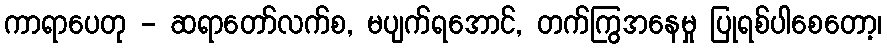
ကာရာပေတု - ဆရာတော်လက်စ, မပျက်ရအောင်, တက်ကြွအနေမှု ပြုရစ်ပါစေတော့၊